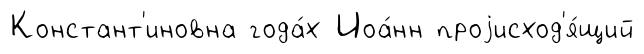
Констант'иновна года́х Иоа́нн проjисход'я́щий